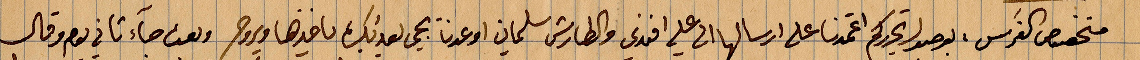
منخفض كفرس بوصول تحريركم اعتمدنا على ارسالها الى علي افندي والطارش سليمان اوعزنا يجي لعندك ياخذها ويروح وبعت جآء ثاني وقال